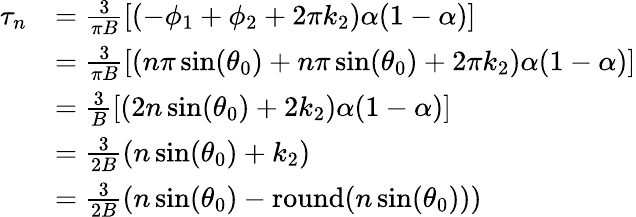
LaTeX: \begin{array}{rl}{\tau_{n}}&{=\frac{3}{\pi B}[(-\phi_{1}+\phi_{2}+2\pi k_{2})\alpha(1-\alpha)]}\\ &{=\frac{3}{\pi B}[(n\pi\sin(\theta_{0})+n\pi\sin(\theta_{0})+2\pi k_{2})\alpha(1-\alpha)]}\\ &{=\frac{3}{B}[(2n\sin(\theta_{0})+2k_{2})\alpha(1-\alpha)]}\\ &{=\frac{3}{2B}(n\sin(\theta_{0})+k_{2})}\\ &{=\frac{3}{2B}(n\sin(\theta_{0})-\mathrm{round}(n\sin(\theta_{0})))}\end{array}